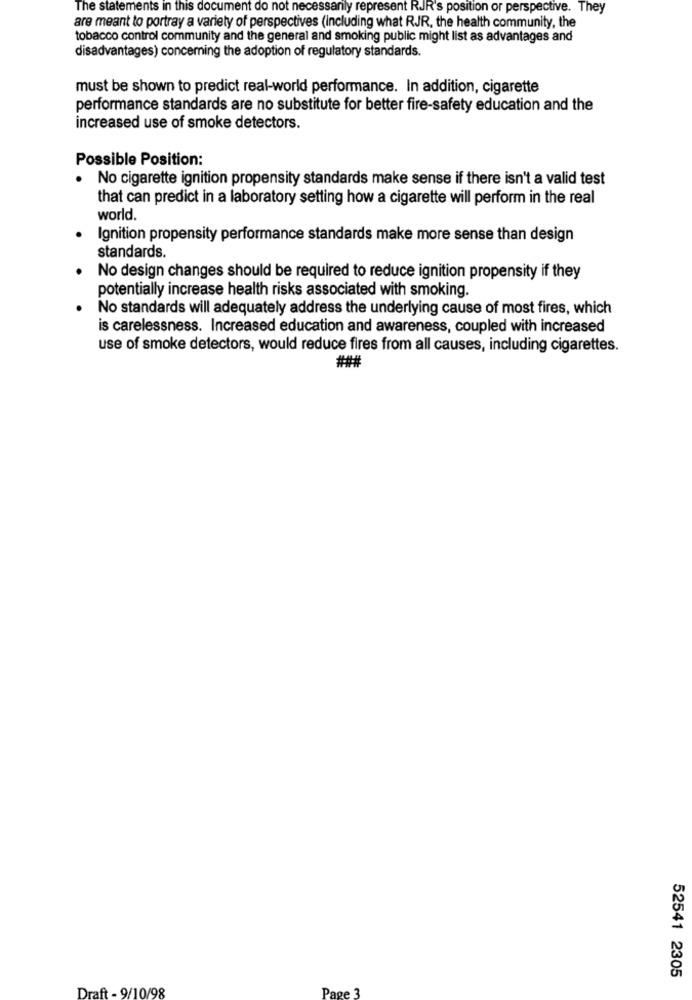
The statements in this document do not necessarily represent RJR's position or perspective. They
are meant to portray a variety of perspectives (including what RJR, the health community, the
tobacco control community and the general and smoking public might list as advantages and
disadvantages) concerning the adoption of regulatory standards.
must be shown to predict real-world performance. In addition, cigarette
performance standards are no substitute for better fire-safety education and the
increased use of smoke detectors.
Possible Position:
No cigarette ignition propensity standards make sense if there isn't a valid test
that can predict in a laboratory setting how a cigarette will perform in the real
world.
Ignition propensity performance standards make more sense than design
standards.
No design changes should be required to reduce ignition propensity if they
potentially increase health risks associated with smoking.
No standards will adequately address the underlying cause of most fires, which
is carelessness. Increased education and awareness, coupled with increased
use of smoke detectors, would reduce fires from all causes, including cigarettes.
52541 2305
Draft - 9/10/98
Page 3